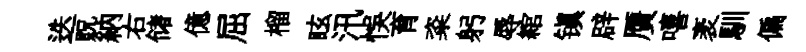
迭貺納右储億屈榴眩汛悞育粢躬辱綰镇辟贋嘻袤馴偏